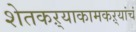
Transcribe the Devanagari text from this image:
शेतकऱ्याकामकऱ्यांचं